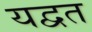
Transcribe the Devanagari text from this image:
यद्वत